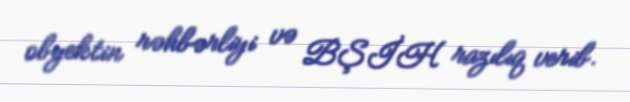
obyektin rəhbərliyi və BŞİH razılıq verib.